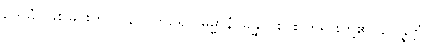
ဥဒယံ၊ ဖြစ်ခြင်းကို။ ဝိနာ၊ ကြဉ်၍။ ဓမ္မာနံ၊ ခန္ဓာငါးပါး တရားတို့၏။ ဥပ္ပန္နတ္တံ၊